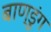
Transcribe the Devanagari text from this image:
बाण्डुंग